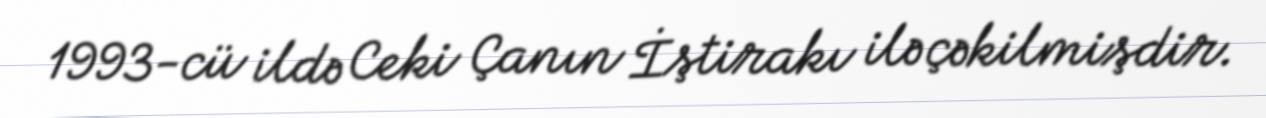
1993-cü ildə Ceki Çanın İştirakı ilə çəkilmişdir.